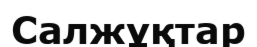
Салжұқтар